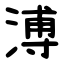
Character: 溥